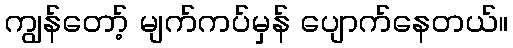
ကျွန်တော့် မျက်ကပ်မှန် ပျောက်နေတယ်။